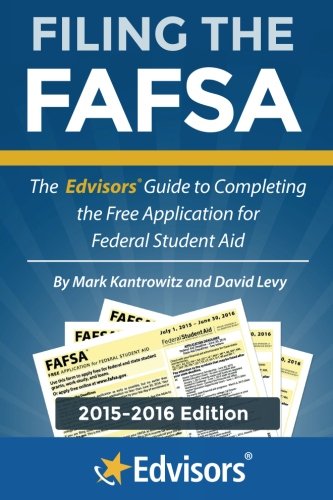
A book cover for Filing the FAFSA, 2015-2016 Edition: The Edvisors Guide to Completing the Free Application for Federal Student Aid; Mark Kantrowitz; Education & Teaching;